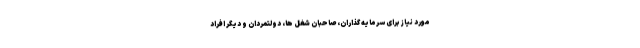
مورد نیاز برای سرمایه گذاران، صاحبان شغل ها، دولتمردان و دیگر افراد